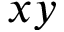
x y